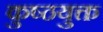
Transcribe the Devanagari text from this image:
कुष्ठयुक्त